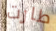
طارت